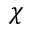
\boldsymbol \chi